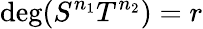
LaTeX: \mathrm{deg}(S^{n_{1}}T^{n_{2}})=r